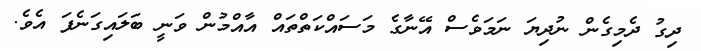
ދިގު ދެމިގެން ނުދިޔަ ނަމަވެސް އޭނާގެ މަސައްކަތްތައް އާއްމުން ވަނީ ބަލައިގަނެފަ އެވެ.